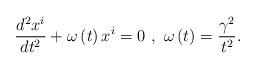
LaTeX: \begin{align*}\frac{d^{2}x^{i}}{dt^{2}}+\omega\left( t\right) x^{i}=0~,~\omega\left(t\right) =\frac{\gamma^{2}}{t^{2}}. \end{align*}